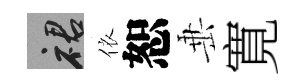
裙依恕𡸁寛